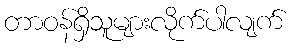
တာဝန်ရှိသူများလိုက်ပါလျက်